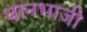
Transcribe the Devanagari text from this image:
धानभाजी